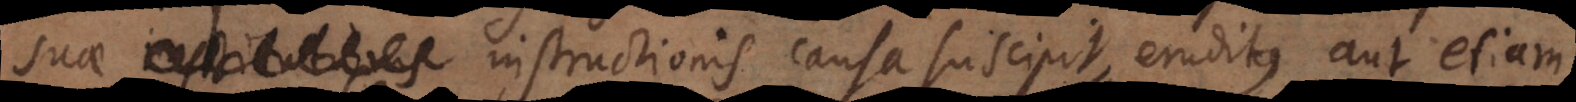
instructionis causa suscipit, eruditus aut etiam